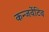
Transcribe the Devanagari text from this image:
कन्जर्वेटिव